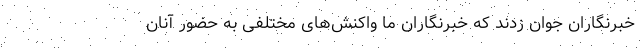
خبرنگاران جوان زدند که خبرنگاران ما واکنش‌های مختلفی به حضور آنان